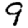
Digit: 9